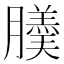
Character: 𦢋